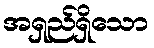
အရှည်ရှိသော